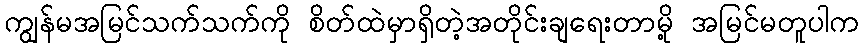
ကျွန်မအမြင်သက်သက်ကို စိတ်ထဲမှာရှိတဲ့အတိုင်းချရေးတာမို့ အမြင်မတူပါက